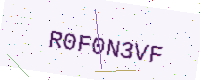
Text: R0F0N3VF